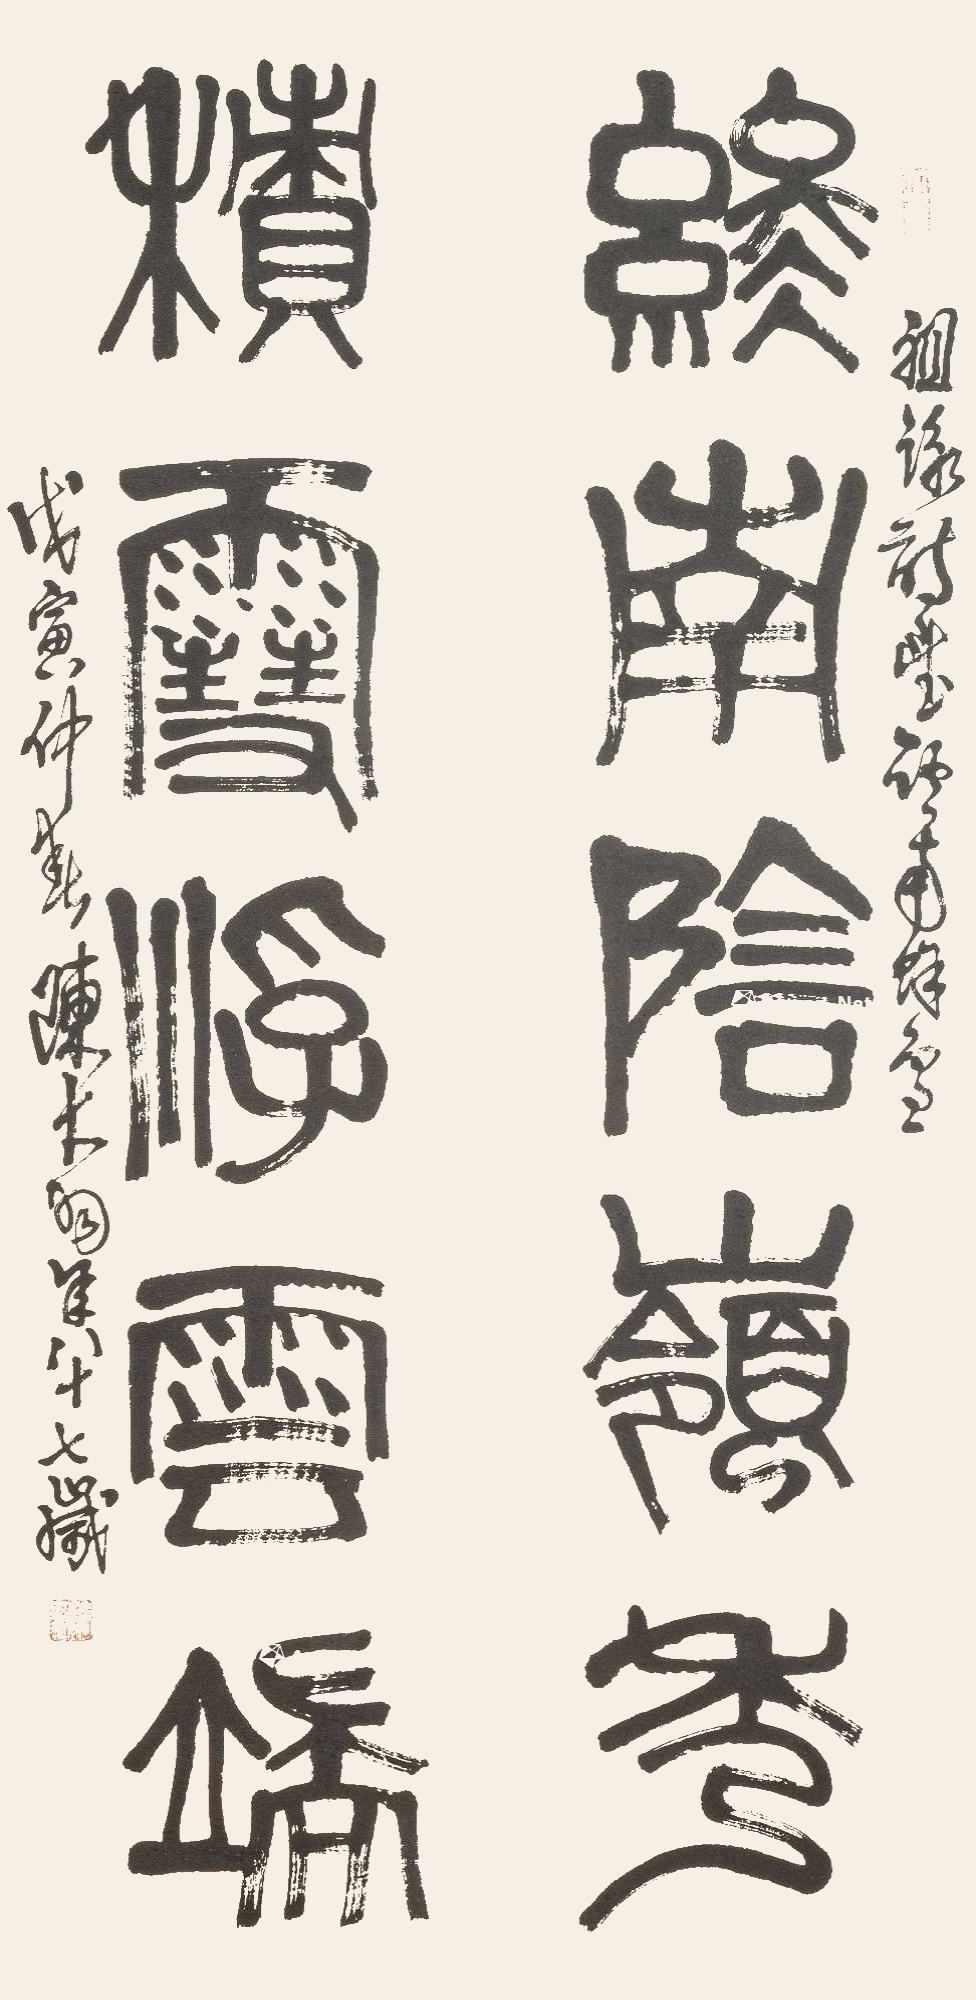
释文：终南阴岭秀，积雪浮云端。祖咏诗《望终南余雪》，戊寅仲春，陈大羽年八十七岁。